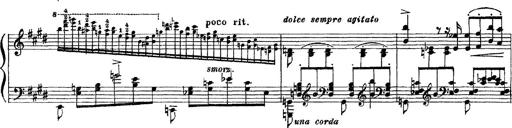
Title: 3 sonetti di Petrarca
Composer: Franz Liszt